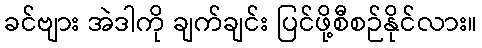
ခင်ဗျား အဲဒါကို ချက်ချင်း ပြင်ဖို့စီစဉ်နိုင်လား။